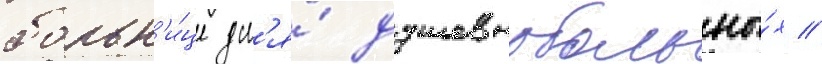
больн'и́це дл'я́ душевнобольны́х //